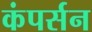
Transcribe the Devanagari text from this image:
कंपर्सन